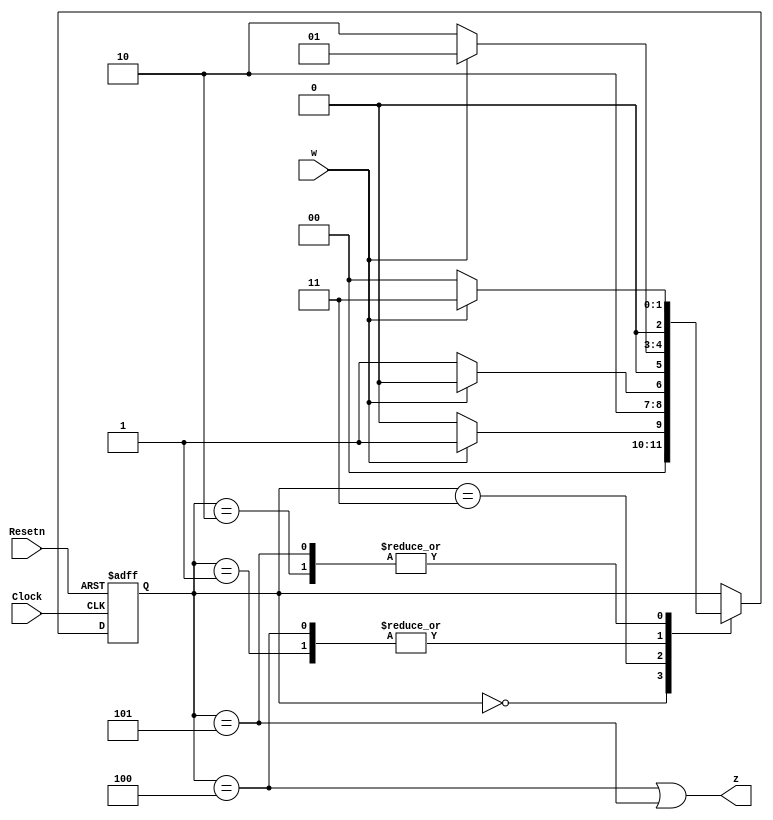
module lab_4 (Clock, Resetn, w, z);
input Clock, Resetn, w;
output z;
reg [2:0] y;
parameter [2:0] S0 = 0, S1 = 1, S2 = 2, S3=3, S4=4, S5=5;

always @(posedge Clock, negedge Resetn)
begin
	if (Resetn == 0) y <= S0;
	else
	begin
		case (y)
		S0: if (w) y<=S1;
		else y<=S0;
		S1: if (w) y<=S1;
		else y<=S2;
		S2: if (w) y<=S3;
		else y<=S0;
		S3: if (w) y<=S4;
		else y<=S5;
		S4: if (w) y<=S1;
		else y<=S2;
		S5: if (w) y<=S3;
		else y<=S0;
		endcase
	end
end
assign z=(y==S4)|(y==S5);
endmodule